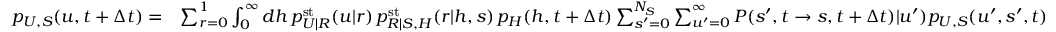
\begin{array} { r l } { p _ { U , S } ( u , t + \Delta t ) = } & { \sum _ { r = 0 } ^ { 1 } \int _ { 0 } ^ { \infty } d h \, p _ { U | R } ^ { \mathrm { s t } } ( u | r ) \, p _ { R | S , H } ^ { \mathrm { s t } } ( r | h , s ) \, p _ { H } ( h , t + \Delta t ) \sum _ { s ^ { \prime } = 0 } ^ { N _ { S } } \sum _ { u ^ { \prime } = 0 } ^ { \infty } P ( s ^ { \prime } , t \to s , t + \Delta t ) | u ^ { \prime } ) p _ { U , S } ( u ^ { \prime } , s ^ { \prime } , t ) } \end{array}